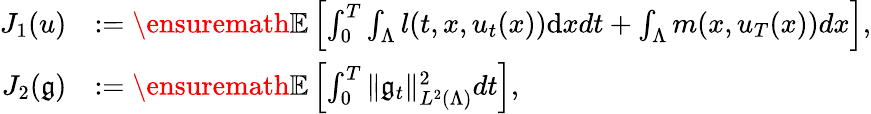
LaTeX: \begin{array}{rl}{J_{1}(u)}&{:=\ensuremath{{\mathbb E}}\left[\int_{0}^{T}\int_{\Lambda}l(t,x,u_{t}(x))\mathrm{d}xdt+\int_{\Lambda}m(x,u_{T}(x))dx\right],}\\ {J_{2}(\mathfrak{g})}&{:=\ensuremath{{\mathbb E}}\left[\int_{0}^{T}\| \mathfrak{g}_{t}\| _{L^{2}(\Lambda)}^{2}dt\right],}\end{array}